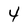
Character: 4